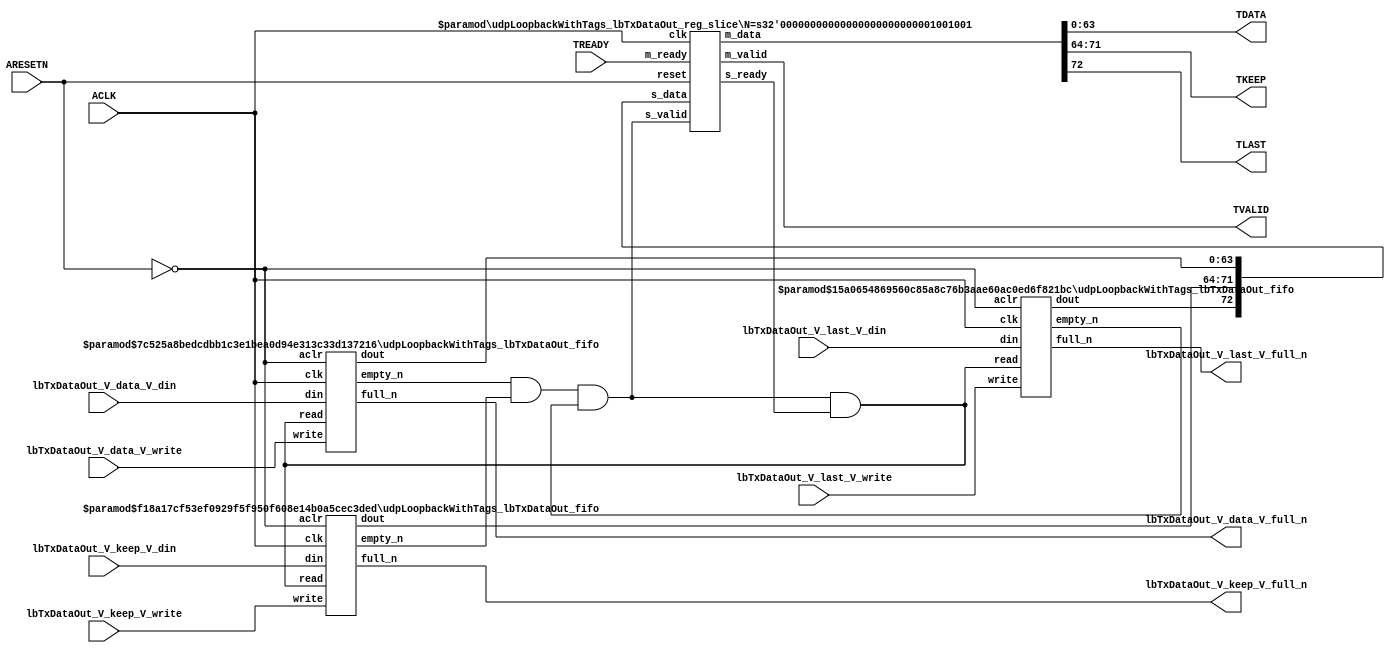
// ==============================================================
// File generated by Vivado(TM) HLS - High-Level Synthesis from C, C++ and SystemC
// Version: 2016.3
// Copyright (C) 1986-2016 Xilinx, Inc. All Rights Reserved.
// 
// ==============================================================


`timescale 1ns/1ps

module udpLoopbackWithTags_lbTxDataOut_if (
    // AXI4-Stream singals
    input  wire        ACLK,
    input  wire        ARESETN,
    output wire        TVALID,
    input  wire        TREADY,
    output wire [63:0] TDATA,
    output wire [7:0]  TKEEP,
    output wire [0:0]  TLAST,
    // User signals
    input  wire [63:0] lbTxDataOut_V_data_V_din,
    output wire        lbTxDataOut_V_data_V_full_n,
    input  wire        lbTxDataOut_V_data_V_write,
    input  wire [7:0]  lbTxDataOut_V_keep_V_din,
    output wire        lbTxDataOut_V_keep_V_full_n,
    input  wire        lbTxDataOut_V_keep_V_write,
    input  wire [0:0]  lbTxDataOut_V_last_V_din,
    output wire        lbTxDataOut_V_last_V_full_n,
    input  wire        lbTxDataOut_V_last_V_write
);
//------------------------Local signal-------------------
// FIFO
wire [0:0]  fifo_read;
wire [0:0]  fifo_empty_n;
wire [63:0] lbTxDataOut_V_data_V_dout;
wire [0:0]  lbTxDataOut_V_data_V_empty_n;
wire [7:0]  lbTxDataOut_V_keep_V_dout;
wire [0:0]  lbTxDataOut_V_keep_V_empty_n;
wire [0:0]  lbTxDataOut_V_last_V_dout;
wire [0:0]  lbTxDataOut_V_last_V_empty_n;
// register slice
wire [0:0]  s_valid;
wire [0:0]  s_ready;
wire [72:0] s_data;
wire [0:0]  m_valid;
wire [0:0]  m_ready;
wire [72:0] m_data;

//------------------------Instantiation------------------
// rs
udpLoopbackWithTags_lbTxDataOut_reg_slice #(
    .N       ( 73 )
) rs (
    .clk     ( ACLK ),
    .reset   ( ARESETN ),
    .s_data  ( s_data ),
    .s_valid ( s_valid ),
    .s_ready ( s_ready ),
    .m_data  ( m_data ),
    .m_valid ( m_valid ),
    .m_ready ( m_ready )
);

// lbTxDataOut_V_data_V_fifo
udpLoopbackWithTags_lbTxDataOut_fifo #(
    .DATA_BITS  ( 64 ),
    .DEPTH_BITS ( 4 )
) lbTxDataOut_V_data_V_fifo (
    .clk        ( ACLK ),
    .aclr       ( ~ARESETN ),
    .empty_n    ( lbTxDataOut_V_data_V_empty_n ),
    .full_n     ( lbTxDataOut_V_data_V_full_n ),
    .read       ( fifo_read ),
    .write      ( lbTxDataOut_V_data_V_write ),
    .dout       ( lbTxDataOut_V_data_V_dout ),
    .din        ( lbTxDataOut_V_data_V_din )
);

// lbTxDataOut_V_keep_V_fifo
udpLoopbackWithTags_lbTxDataOut_fifo #(
    .DATA_BITS  ( 8 ),
    .DEPTH_BITS ( 4 )
) lbTxDataOut_V_keep_V_fifo (
    .clk        ( ACLK ),
    .aclr       ( ~ARESETN ),
    .empty_n    ( lbTxDataOut_V_keep_V_empty_n ),
    .full_n     ( lbTxDataOut_V_keep_V_full_n ),
    .read       ( fifo_read ),
    .write      ( lbTxDataOut_V_keep_V_write ),
    .dout       ( lbTxDataOut_V_keep_V_dout ),
    .din        ( lbTxDataOut_V_keep_V_din )
);

// lbTxDataOut_V_last_V_fifo
udpLoopbackWithTags_lbTxDataOut_fifo #(
    .DATA_BITS  ( 1 ),
    .DEPTH_BITS ( 4 )
) lbTxDataOut_V_last_V_fifo (
    .clk        ( ACLK ),
    .aclr       ( ~ARESETN ),
    .empty_n    ( lbTxDataOut_V_last_V_empty_n ),
    .full_n     ( lbTxDataOut_V_last_V_full_n ),
    .read       ( fifo_read ),
    .write      ( lbTxDataOut_V_last_V_write ),
    .dout       ( lbTxDataOut_V_last_V_dout ),
    .din        ( lbTxDataOut_V_last_V_din )
);

//------------------------Body---------------------------
//++++++++++++++++++++++++AXI4-Stream++++++++++++++++++++
assign TVALID = m_valid;
assign TDATA  = m_data[63:0];
assign TKEEP  = m_data[71:64];
assign TLAST  = m_data[72:72];

//+++++++++++++++++++++++++++++++++++++++++++++++++++++++

//++++++++++++++++++++++++Reigister Slice++++++++++++++++
assign s_valid = fifo_empty_n;
assign m_ready = TREADY;
assign s_data  = {lbTxDataOut_V_last_V_dout, lbTxDataOut_V_keep_V_dout, lbTxDataOut_V_data_V_dout};

//+++++++++++++++++++++++++++++++++++++++++++++++++++++++

//++++++++++++++++++++++++FIFO+++++++++++++++++++++++++++
assign fifo_read    = fifo_empty_n & s_ready;
assign fifo_empty_n = lbTxDataOut_V_data_V_empty_n & lbTxDataOut_V_keep_V_empty_n & lbTxDataOut_V_last_V_empty_n;

//+++++++++++++++++++++++++++++++++++++++++++++++++++++++

endmodule



`timescale 1ns/1ps

module udpLoopbackWithTags_lbTxDataOut_fifo
#(parameter
    DATA_BITS  = 8,
    DEPTH_BITS = 4
)(
    input  wire                 clk,
    input  wire                 aclr,
    output wire                 empty_n,
    output wire                 full_n,
    input  wire                 read,
    input  wire                 write,
    output wire [DATA_BITS-1:0] dout,
    input  wire [DATA_BITS-1:0] din
);
//------------------------Parameter----------------------
localparam
    DEPTH = 1 << DEPTH_BITS;
//------------------------Local signal-------------------
reg                   empty;
reg                   full;
reg  [DEPTH_BITS-1:0] index;
reg  [DATA_BITS-1:0]  mem[0:DEPTH-1];
//------------------------Body---------------------------
assign empty_n = ~empty;
assign full_n  = ~full;
assign dout    = mem[index];

// empty
always @(posedge clk or posedge aclr) begin
    if (aclr)
        empty <= 1'b1;
    else if (empty & write & ~read)
        empty <= 1'b0;
    else if (~empty & ~write & read & (index==1'b0))
        empty <= 1'b1;
end

// full
always @(posedge clk or posedge aclr) begin
    if (aclr)
        full <= 1'b0;
    else if (full & read & ~write)
        full <= 1'b0;
    else if (~full & ~read & write & (index==DEPTH-2'd2))
        full <= 1'b1;
end

// index
always @(posedge clk or posedge aclr) begin
    if (aclr)
        index <= {DEPTH_BITS{1'b1}};
    else if (~empty & ~write & read)
        index <= index - 1'b1;
    else if (~full & ~read & write)
        index <= index + 1'b1;
end

// mem
always @(posedge clk) begin
    if (~full & write) mem[0] <= din;
end

genvar i;
generate
    for (i = 1; i < DEPTH; i = i + 1) begin : gen_sr
        always @(posedge clk) begin
            if (~full & write) mem[i] <= mem[i-1];
        end
    end
endgenerate

endmodule

`timescale 1ns/1ps

module udpLoopbackWithTags_lbTxDataOut_reg_slice
#(parameter
    N = 8   // data width
) (
    // system signals
    input  wire         clk,
    input  wire         reset,
    // slave side
    input  wire [N-1:0] s_data,
    input  wire         s_valid,
    output wire         s_ready,
    // master side
    output wire [N-1:0] m_data,
    output wire         m_valid,
    input  wire         m_ready
);
//------------------------Parameter----------------------
// state
localparam [1:0]
    ZERO = 2'b10,
    ONE  = 2'b11,
    TWO  = 2'b01;
//------------------------Local signal-------------------
reg  [N-1:0] data_p1;
reg  [N-1:0] data_p2;
wire         load_p1;
wire         load_p2;
wire         load_p1_from_p2;
reg          s_ready_t;
reg  [1:0]   state;
reg  [1:0]   next;
//------------------------Body---------------------------
assign s_ready = s_ready_t;
assign m_data  = data_p1;
assign m_valid = state[0];

assign load_p1 = (state == ZERO && s_valid) ||
                 (state == ONE && s_valid && m_ready) ||
                 (state == TWO && m_ready);
assign load_p2 = s_valid & s_ready;
assign load_p1_from_p2 = (state == TWO);

// data_p1
always @(posedge clk) begin
    if (load_p1) begin
        if (load_p1_from_p2)
            data_p1 <= data_p2;
        else
            data_p1 <= s_data;
    end
end

// data_p2
always @(posedge clk) begin
    if (load_p2) data_p2 <= s_data;
end

// s_ready_t
always @(posedge clk) begin
    if (~reset)
        s_ready_t <= 1'b0;
    else if (state == ZERO)
        s_ready_t <= 1'b1;
    else if (state == ONE && next == TWO)
        s_ready_t <= 1'b0;
    else if (state == TWO && next == ONE)
        s_ready_t <= 1'b1;
end

// state
always @(posedge clk) begin
    if (~reset)
        state <= ZERO;
    else
        state <= next;
end

// next
always @(*) begin
    case (state)
        ZERO:
            if (s_valid & s_ready)
                next = ONE;
            else
                next = ZERO;
        ONE:
            if (~s_valid & m_ready)
                next = ZERO;
            else if (s_valid & ~m_ready)
                next = TWO;
            else
                next = ONE;
        TWO:
            if (m_ready)
                next = ONE;
            else
                next = TWO;
        default:
            next = ZERO;
    endcase
end

endmodule